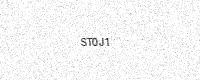
Text: ST0J1